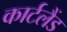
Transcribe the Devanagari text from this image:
कार्टलैंड